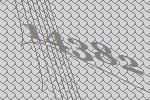
14382